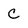
Character: C